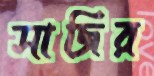
সাজির